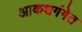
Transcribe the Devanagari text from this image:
आकशगंगेत